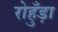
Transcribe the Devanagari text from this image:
रोहुँड़ा